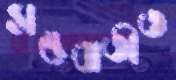
সম্ভবাতীত